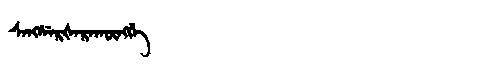
Manchu: ᠰᡝᠩᠰᡝᡵᡧᡝᡵᠠᡴᡡᠩᡤᡝ
Romanization: SENGSERŠERAKŪNGGE